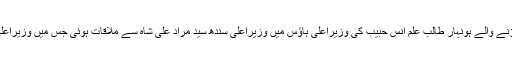
تفصیلات کے مطابق کامرس انٹرمیڈیٹ میں کامیابی کے جھنڈے گاڑنے والے ہونہار طالب علم انس حبیب کی وزیراعلیٰ ہاؤس میں وزیراعلیٰ سندھ سید مراد علی شاہ سے ملاقات ہوئی جس میں وزیراعلیٰ نے انس حبیب کو پہلی پوزیشن حاصل کرنے پر مبارکباد پیش کی۔